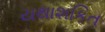
યથાશકિત